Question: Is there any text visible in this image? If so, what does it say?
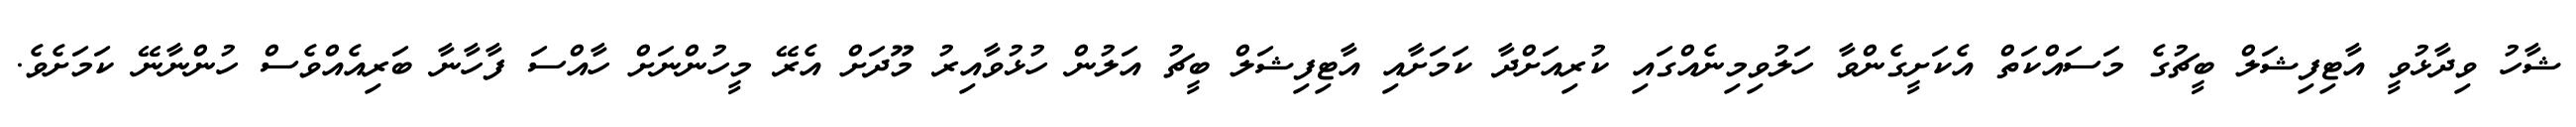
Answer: ޝާހު ވިދާޅުވީ އާޓިފިޝަލް ބީޗުގެ މަސައްކަތް އެކަށީގެންވާ ހަލުވިމިނެއްގައި ކުރިއަށްދާ ކަމަށާއި އާޓިފިޝަލް ބީޗު އަލުން ހުޅުވާއިރު މޫދަށް އެރޭ މީހުންނަށް ހާއްސަ ފާހާނާ ބަރިއެއްވެސް ހުންނާނޭ ކަމަށެވެ.